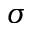
\sigma